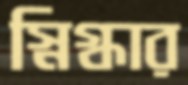
স্নিগ্ধার